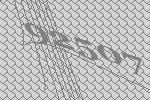
92507